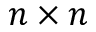
n \times n